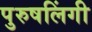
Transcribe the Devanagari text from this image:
पुरुषलिंगी